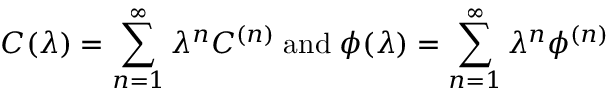
C ( \lambda ) = \sum _ { n = 1 } ^ { \infty } \lambda ^ { n } C ^ { ( n ) } \; \mathrm { a n d } \; \phi ( \lambda ) = \sum _ { n = 1 } ^ { \infty } \lambda ^ { n } \phi ^ { ( n ) }